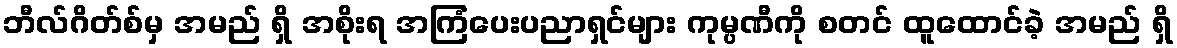
ဘီလ်ဂိတ်စ်မှ အမည် ရှိ အစိုးရ အကြံပေးပညာရှင်များ ကုမ္ပဏီကို စတင် ထူထောင်ခဲ့ အမည် ရှိ